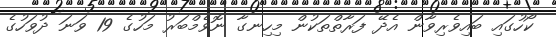
ކޯހުގައި ބައިވެރިވާން އެދޭ ފަރާތްތަކުން މިހިނގާ ނޮވެމްބަރު މަހުގެ 19 ވަނަ ދުވަހުގެ